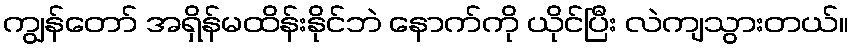
ကျွန်တော် အရှိန်မထိန်းနိုင်ဘဲ နောက်ကို ယိုင်ပြီး လဲကျသွားတယ်။